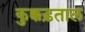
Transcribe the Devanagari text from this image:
कुक्कड़ताल